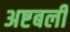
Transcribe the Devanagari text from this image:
अष्टबली